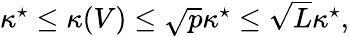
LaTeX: \begin{array}{r}{\kappa^{\star}\le\kappa(V)\le\sqrt{p}\kappa^{\star}\le\sqrt{L}\kappa^{\star},}\end{array}